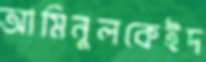
আমিনুলকেইদ